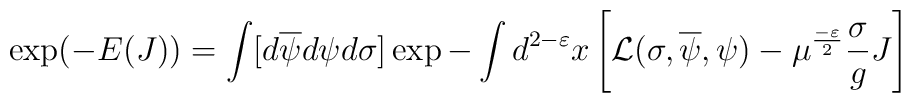
\exp(-E(J))=\int[d\overline{\psi}d\psi d\sigma]\exp-\int    d^{2-\varepsilon}x\left[{\cal L}(\sigma,\overline{\psi},\psi)-\mu^{\frac{-\varepsilon}{2}}\frac{\sigma}{g}J\right]